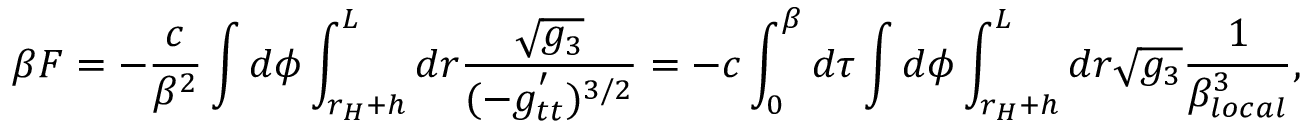
\beta F = - \frac { c } { \beta ^ { 2 } } \int d \phi \int _ { r _ { H } + h } ^ { L } d r \frac { \sqrt { g _ { 3 } } } { ( - g _ { t t } ^ { ' } ) ^ { 3 / 2 } } = - c \int _ { 0 } ^ { \beta } d \tau \int d \phi \int _ { r _ { H } + h } ^ { L } d r \sqrt { g _ { 3 } } \frac { 1 } { \beta _ { l o c a l } ^ { 3 } } ,